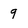
Character: 9